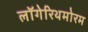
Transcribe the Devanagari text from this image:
लॉगेरिथमोरम